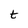
Character: t